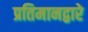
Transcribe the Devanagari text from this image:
प्रतिमानद्वारे